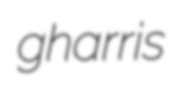
gharris